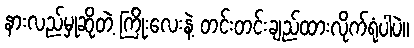
နားလည်မှုဆိုတဲ့ ကြိုးလေးနဲ့ တင်းတင်းချည်ထားလိုက်ရုံပါပဲ။